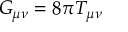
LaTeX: G _ { \mu \nu } = 8 \pi T _ { \mu \nu }